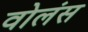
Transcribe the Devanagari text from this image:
वोलंस